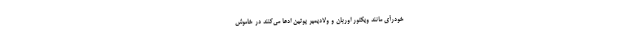
خود‌رأی مانند ویکتور اوربان و ولادیمیر پوتین ادعا می‌کنند در خاموش